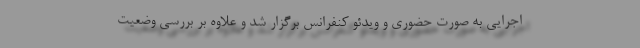
اجرایی به صورت حضوری و ویدئو کنفرانس برگزار شد و علاوه بر بررسی وضعیت